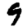
Digit: 9